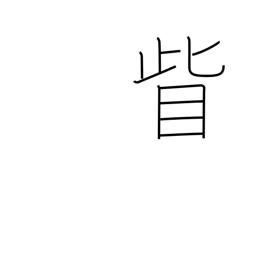
Meaning: outside the corner of the eye